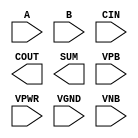
module sky130_fd_sc_hd__fahcin (
    //# {{data|Data Signals}}
    input  A   ,
    input  B   ,
    input  CIN ,
    output COUT,
    output SUM ,

    //# {{power|Power}}
    input  VPB ,
    input  VPWR,
    input  VGND,
    input  VNB
);
endmodule